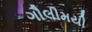
ગૌલીમયી